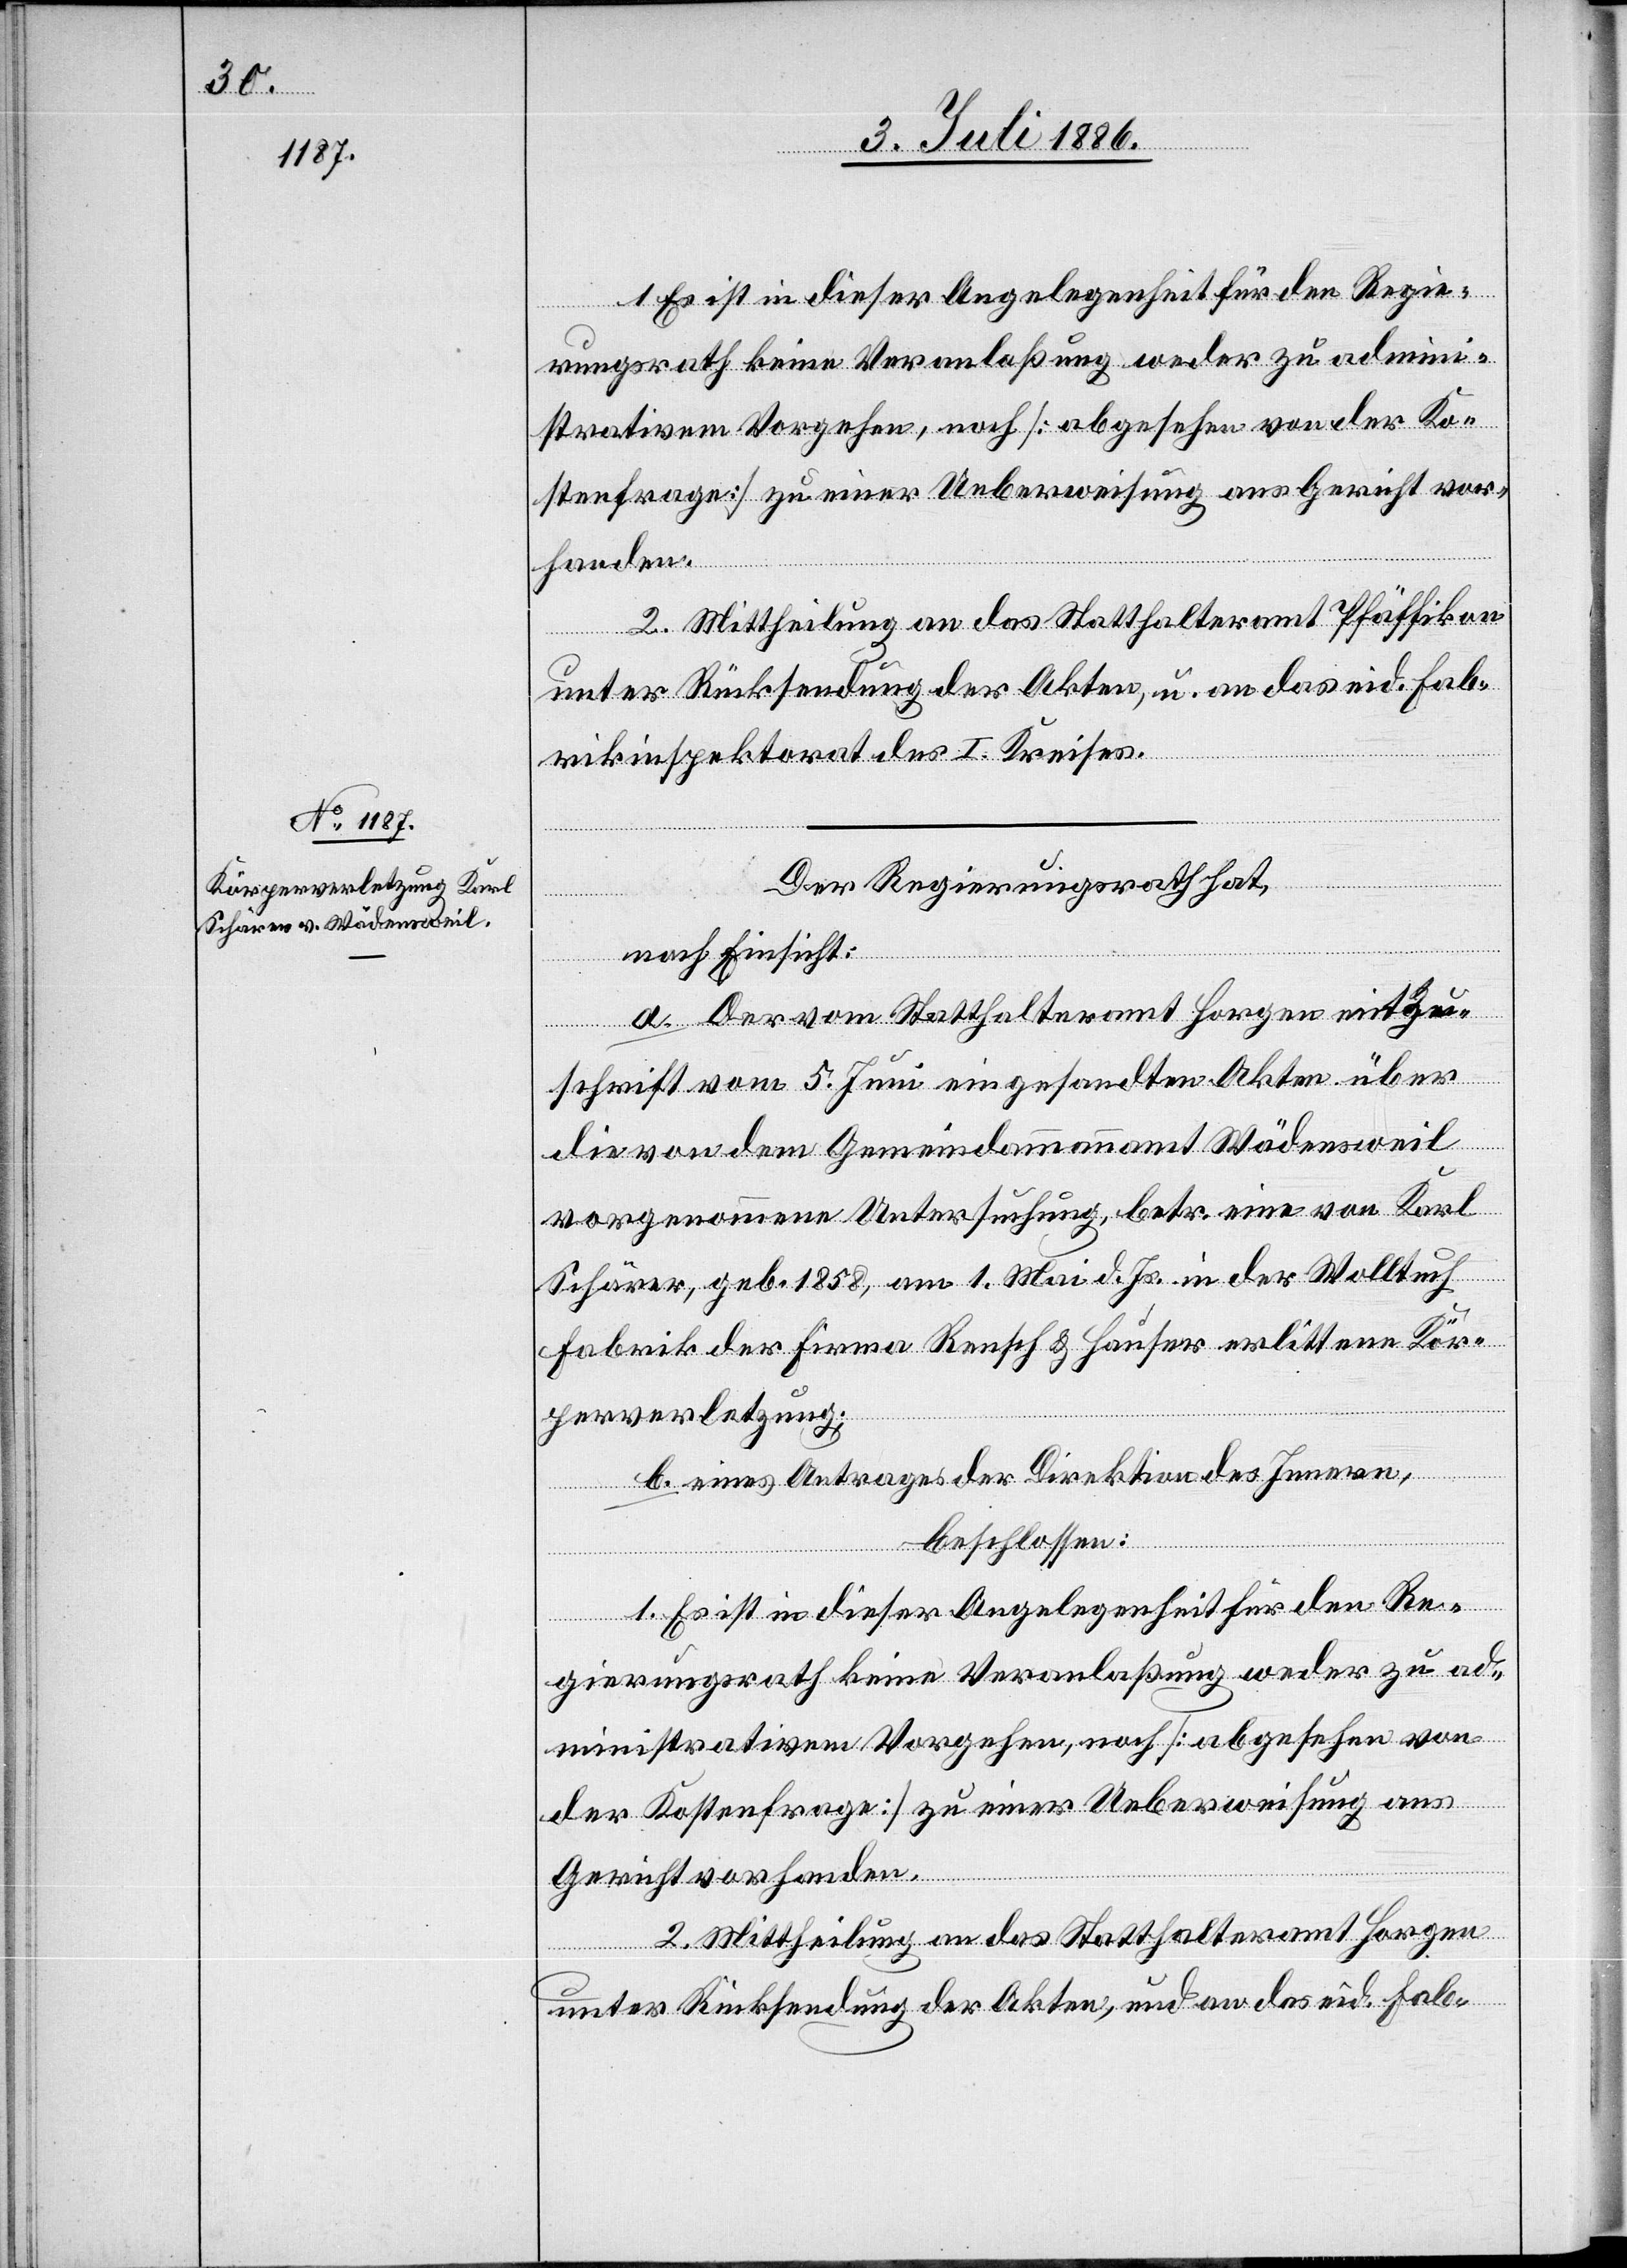
2. Mittheilung an das Statthalteramt Pfäffikon
unter Rücksendung der Akten, u. an das eid. Fab¬
rikinspektorat des I. Kreises.
Der Regierungsrath hat,
nach Einsicht:
a. Der vom Statthalteramt Horgen mit Zu¬
schrift vom 5. Juni eingesandten Akten über
die von dem Gemeindeammannamt Wädensweil
vorgenommene Untersuchung, betr. eine von Karl
Schärer, geb. 1858, am 1. Mai d. Js. in der Wolltuch
Fabrik der Firma Rensch & Hauser erlittene Kör¬
perverletzung;
b. eines Antrages der Direktion des Innern,
beschlossen:
1. Es ist in dieser Angelegenheit für den Re¬
gierungsrath keine Veranlaßung weder zu ad¬
ministrativem Vorgehen, noch [abgesehen von
der Kostenfrage] zu einer Ueberweisung ans
Gericht vorhanden.
2. Mittheilung an das Statthalteramt Horgen
unter Rücksendung der Akten, und an das eid. Fab-